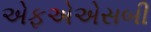
એફએએસબી